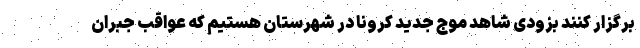
برگزار کنند بزودی شاهد موج جدید کرونا در شهرستان هستیم که عواقب جبران